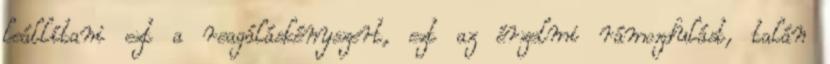
leállítani ezt a reagáláskényszert, ezt az érzelmi rámozdulást, talán